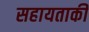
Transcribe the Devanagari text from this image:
सहायताकी